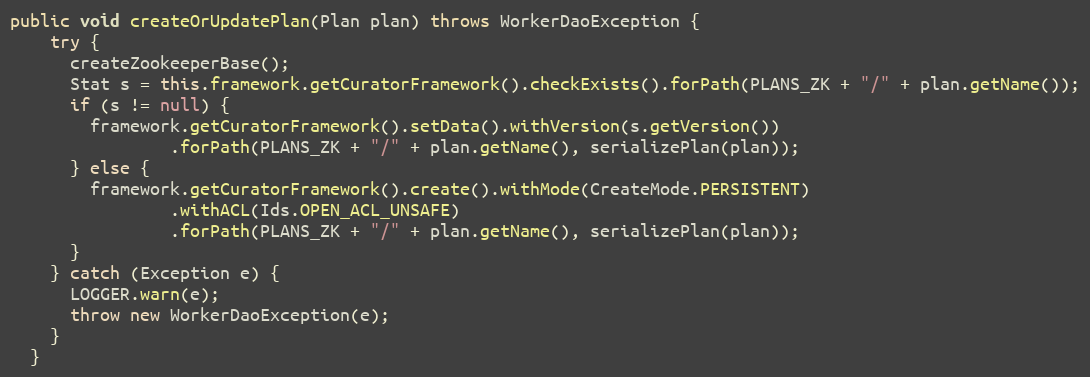
Language: Java
public void createOrUpdatePlan(Plan plan) throws WorkerDaoException {
    try {
      createZookeeperBase();
      Stat s = this.framework.getCuratorFramework().checkExists().forPath(PLANS_ZK + "/" + plan.getName());
      if (s != null) {
        framework.getCuratorFramework().setData().withVersion(s.getVersion())
                .forPath(PLANS_ZK + "/" + plan.getName(), serializePlan(plan));
      } else {
        framework.getCuratorFramework().create().withMode(CreateMode.PERSISTENT)
                .withACL(Ids.OPEN_ACL_UNSAFE)
                .forPath(PLANS_ZK + "/" + plan.getName(), serializePlan(plan));
      }
    } catch (Exception e) {
      LOGGER.warn(e);
      throw new WorkerDaoException(e);
    }
  }